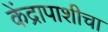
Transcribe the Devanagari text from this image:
केंद्रापाशीचा